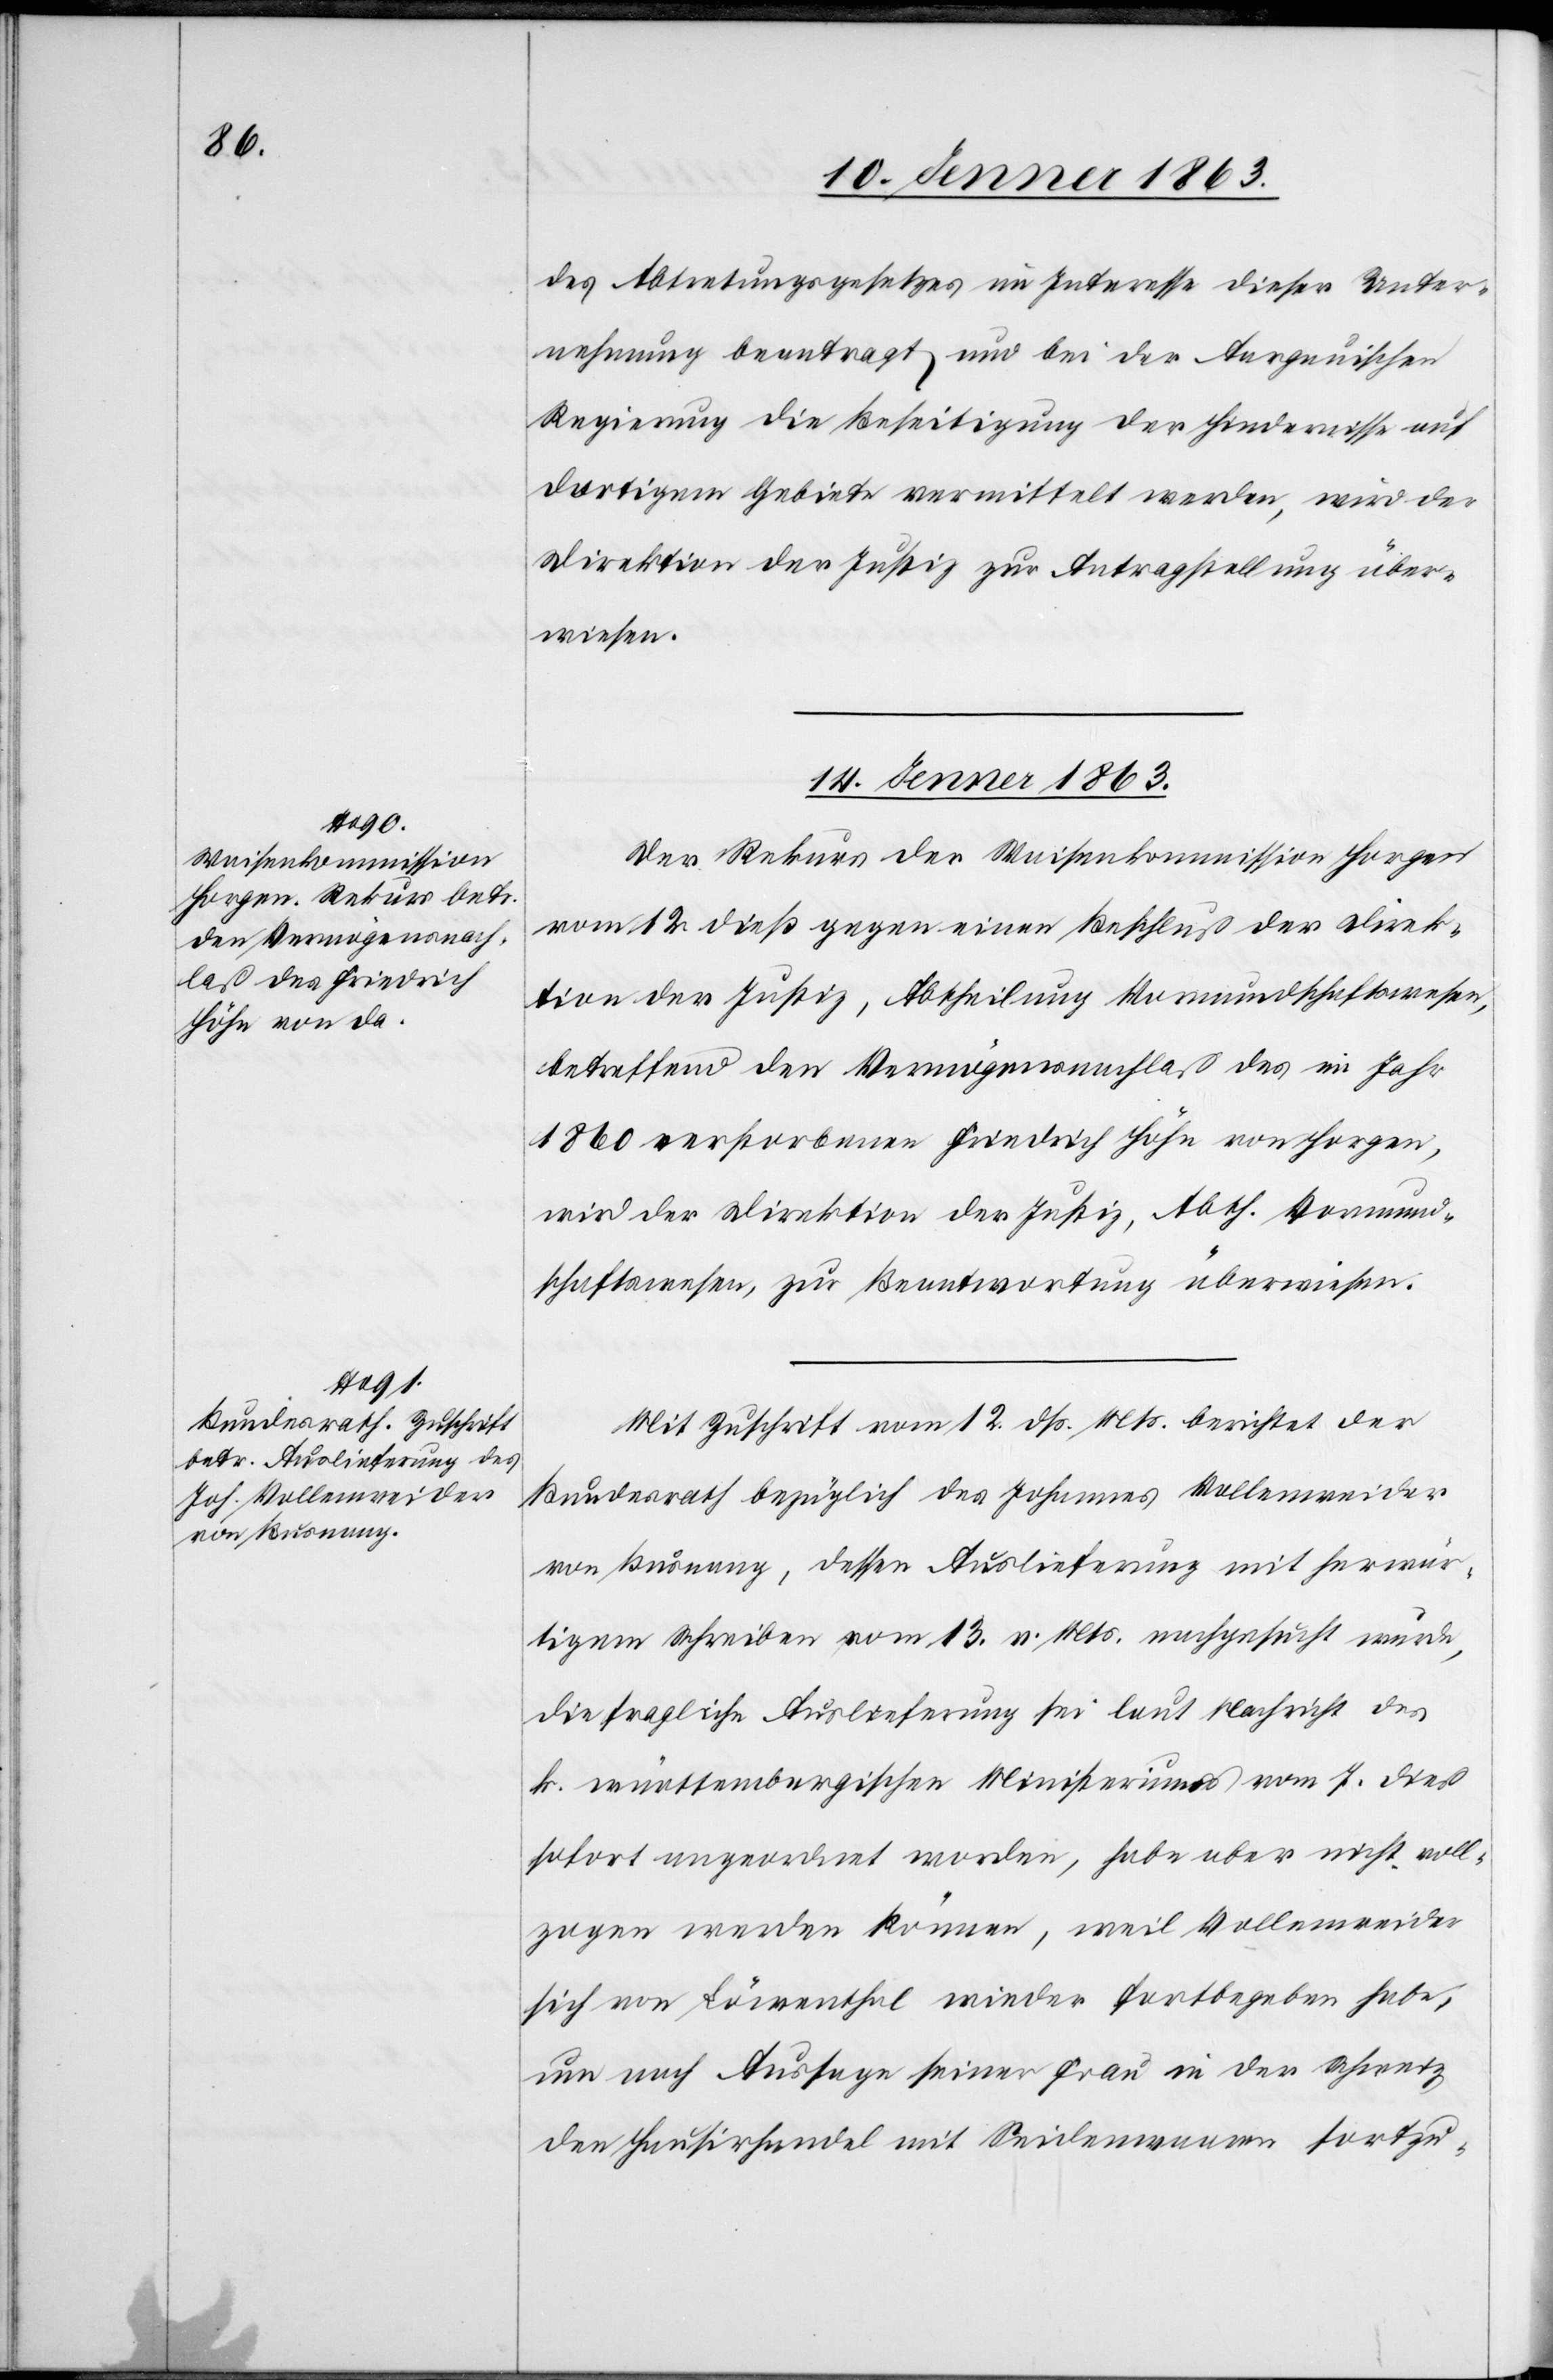
des Abtretungsgesetzes im Interesse dieser Unter¬
nehmung beantragt und bei der Aargauischen
Regierung die Beseitigung der Hindernisse auf
dortigem Gebiete vermittelt werden, wird der
Direktion der Justiz zur Antragstellung über¬
wiesen.
14. Jenner 1863.]
Der Rekurs der Waisenkommission Horgen
vom 12. dieß gegen einen Beschluß der Direk¬
tion der Justiz, Abtheilung Vormundschaftswesen,
betreffend den Vermögensnachlaß des im Jahr
1860 verstorbenen Friedrich Höhn von Horgen,
wird der Direktion der Justiz, Abth. Vormund¬
schaftswesen, zur Beantwortung überwiesen.
Mit Zuschrift vom 12. dß. Mts. berichtet der
Bundesrath bezüglich des Johannes Vollenweider
von Busnang, dessen Auslieferung mit herwär¬
tigem Schreiben vom 13. v. Mts. nachgesucht wurde,
die fragliche Auslieferung sei laut Nachricht des
k. württembergischen Ministeriums vom 7. dieß
sofort angeordnet worden, habe aber nicht voll¬
zogen werden können, weil Vollenweider
sich von Löwenthal wieder fortbegeben habe,
um nach Aussage seiner Frau in der Schweiz
den Hausirhandel mit Seidenwaaren fortzu-